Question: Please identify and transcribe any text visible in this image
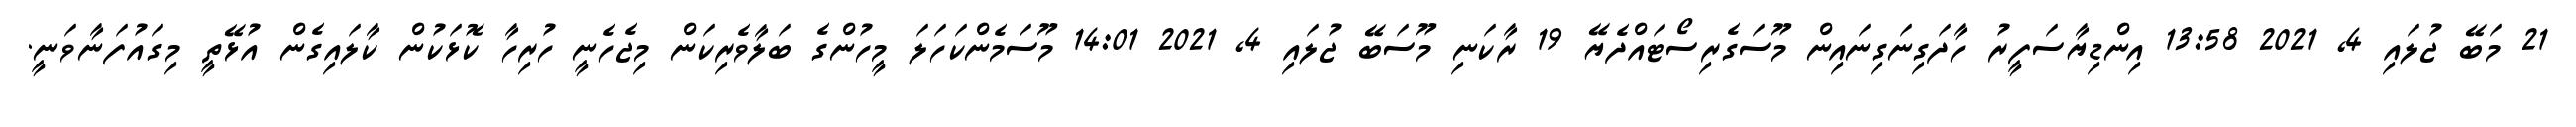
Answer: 21 މަބޭ ޖުލައި 4, 2021 13:58 އިންޑިޔާސަފީރު ހާދަގިނަގިނައިން މޫސަގެރިސޯޓައްދެޔޭ 19 ރާކަނި މޫސަބޭ ޖުލައި 4, 2021 14:01 މޫސަމެންކަހަލަ މީހުންގެ ބަލާވެރިކަން މިޖެހެނީ ހުރިހާ ކޮޅަކުން ކާލައިގެން އުޅޭތީ މިގައުފަނާވަނީ.